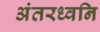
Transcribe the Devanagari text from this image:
अंतरध्वनि